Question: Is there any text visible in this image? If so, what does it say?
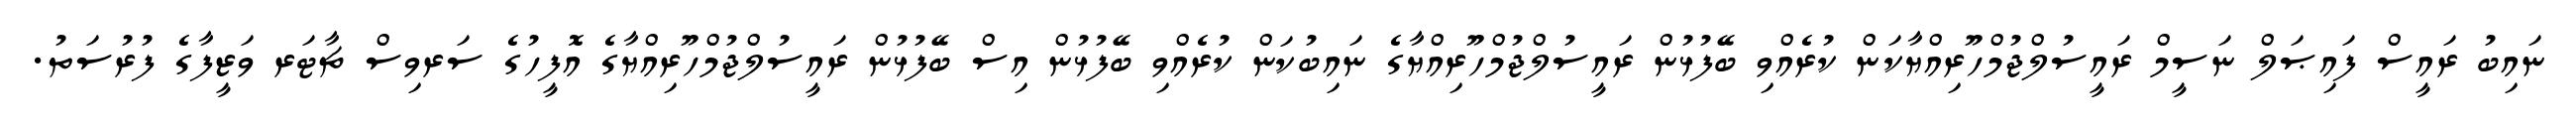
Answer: ނައިބު ރައީސް ފައިޞަލް ނަސީމް ރައީސުލްޖުމްހޫރިއްޔާކަން ކުރެއްވި ބޭފުޅުން ރައީސުލްޖުމްހޫރިއްޔާގެ ނައިބުކަން ކުރެއްވި ބޭފުޅުން އިސް ބޭފުޅުން ރައީސުލްޖުމްހޫރިއްޔާގެ އޮފީހުގެ ސަރވިސް ޗާޓަރ ވަޒީފާގެ ފުރުސަތު.